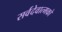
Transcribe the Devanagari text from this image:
सर्वदेवात्मको